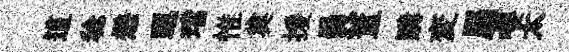
這稔懋邐璫惟奠援員董購変屬嚶太